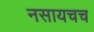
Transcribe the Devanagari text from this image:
नसायचच